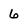
Character: 6